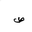
Letter: _da